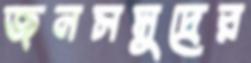
জনসমুদ্রের